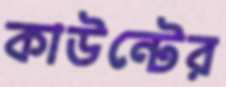
কাউন্টের